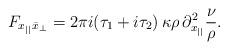
LaTeX: \begin{align*}F_{x_{||}\bar x_\perp}=2\pi i(\tau_1+i\tau_2)\,\kappa\rho\,\partial^2_{x_{||}}\frac{\nu}{\rho}.\end{align*}